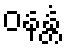
ဝနန္တံ